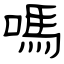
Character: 嗎